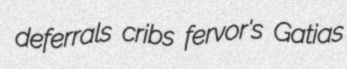
deferrals cribs fervor's Gatias